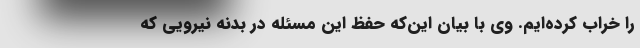
را خراب کرده‌ایم. وی با بیان این‌که حفظ این مسئله در بدنه نیرویی که